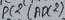
Text: ADC2